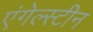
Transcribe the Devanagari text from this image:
एंगेल्स्टीन